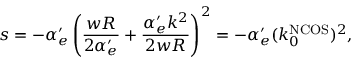
s = - \alpha _ { e } ^ { \prime } \left( \frac { w R } { 2 \alpha _ { e } ^ { \prime } } + \frac { \alpha _ { e } ^ { \prime } k ^ { 2 } } { 2 w R } \right) ^ { 2 } = - \alpha _ { e } ^ { \prime } ( k _ { 0 } ^ { \mathrm { N C O S } } ) ^ { 2 } ,